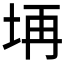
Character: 𱖝